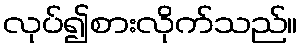
လုပ်၍စားလိုက်သည်။